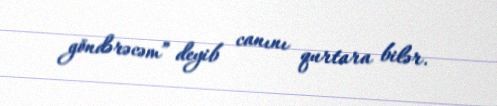
göndərəcəm” deyib canını qurtara bilər.